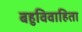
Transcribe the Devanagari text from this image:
बहुविवाहिता